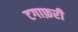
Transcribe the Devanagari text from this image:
टगाफ़री